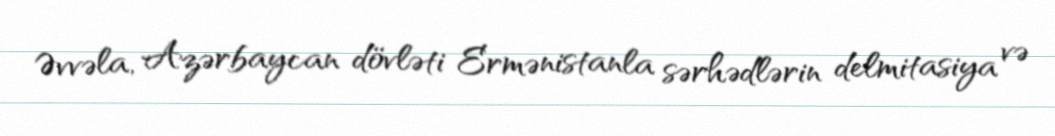
Əvvəla, Azərbaycan dövləti Ermənistanla sərhədlərin delmitasiya və